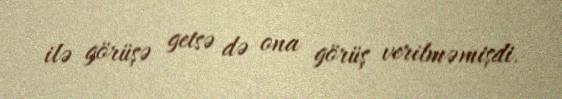
ilə görüşə getsə də ona görüş verilməmişdi.